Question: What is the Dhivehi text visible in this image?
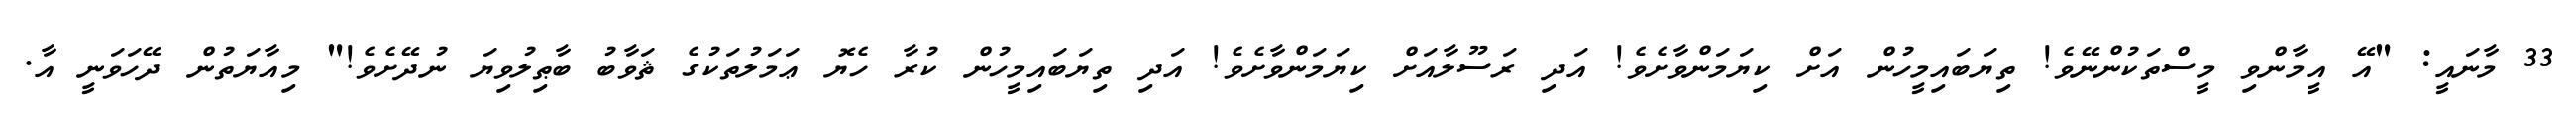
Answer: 33 މާނައީ: "އޭ އީމާންވި މީސްތަކުންނޭވެ! ތިޔަބައިމީހުން އަށް ކިޔަމަންވާށެވެ! އަދި ރަސޫލާއަށް ކިޔަމަންވާށެވެ! އަދި ތިޔަބައިމީހުން ކުރާ ހެޔޮ ޢަމަލުތަކުގެ ޘަވާބު ބާޠިލުވިޔަ ނުދޭށެވެ!" މިއާޔަތުން ދޭހަވަނީ އާ.